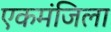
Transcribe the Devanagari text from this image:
एकमंजिला